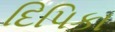
દિપિકા